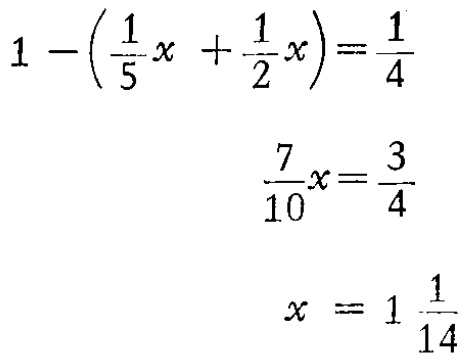
\[

\begin{align*}

1 - (\frac{1}{5}x+\frac{1}{2}x)&=\frac{1}{4}\\

\frac{7}{10}x&=\frac{3}{4}\\

x&=1\frac{1}{14}

\end{align*}

\]